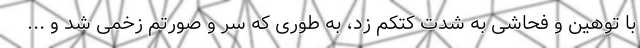
با توهین و فحاشی به شدت کتکم زد، به طوری که سر و صورتم زخمی شد و ...